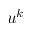
u ^ { k }